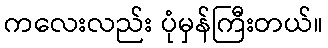
ကလေးလည်း ပုံမှန်ကြီးတယ်။